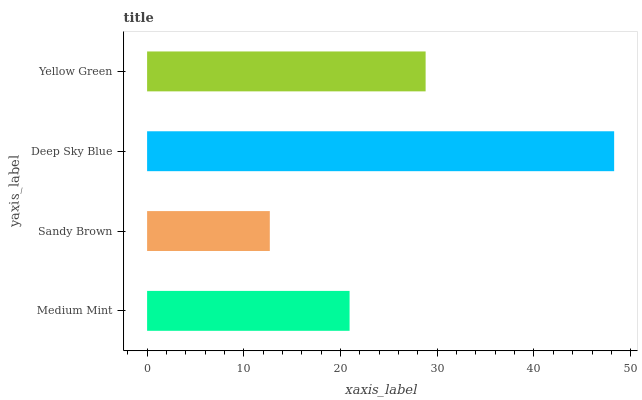
| yaxis_label | bars |
 | --- | --- |
 | Medium Mint | 20.9 |
 | Sandy Brown | 12.7 |
 | Deep Sky Blue | 48.3 |
 | Yellow Green | 28.8 |